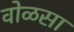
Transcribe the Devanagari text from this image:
वोळसा